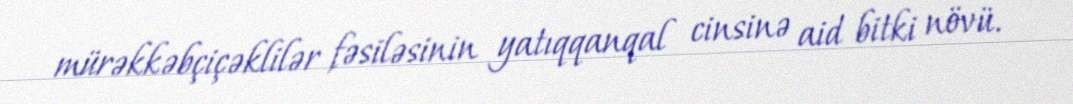
mürəkkəbçiçəklilər fəsiləsinin yatıqqanqal cinsinə aid bitki növü.